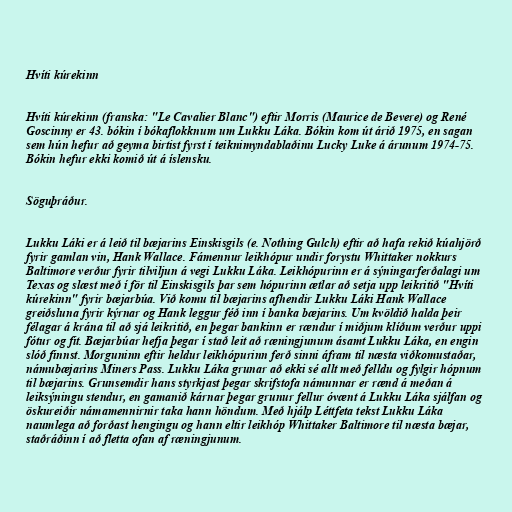
Hvíti kúrekinn

Hvíti kúrekinn (franska: "Le Cavalier Blanc") eftir Morris (Maurice de Bevere) og René
Goscinny er 43. bókin í bókaflokknum um Lukku Láka. Bókin kom út árið 1975, en sagan
sem hún hefur að geyma birtist fyrst í teiknimyndablaðinu Lucky Luke á árunum 1974-75.
Bókin hefur ekki komið út á íslensku.

Söguþráður.

Lukku Láki er á leið til bæjarins Einskisgils (e. Nothing Gulch) eftir að hafa rekið kúahjörð
fyrir gamlan vin, Hank Wallace. Fámennur leikhópur undir forystu Whittaker nokkurs
Baltimore verður fyrir tilviljun á vegi Lukku Láka. Leikhópurinn er á sýningarferðalagi um
Texas og slæst með í för til Einskisgils þar sem hópurinn ætlar að setja upp leikritið "Hvíti
kúrekinn" fyrir bæjarbúa. Við komu til bæjarins afhendir Lukku Láki Hank Wallace
greiðsluna fyrir kýrnar og Hank leggur féð inn í banka bæjarins. Um kvöldið halda þeir
félagar á krána til að sjá leikritið, en þegar bankinn er rændur í miðjum klíðum verður uppi
fótur og fit. Bæjarbúar hefja þegar í stað leit að ræningjunum ásamt Lukku Láka, en engin
slóð finnst. Morguninn eftir heldur leikhópurinn ferð sinni áfram til næsta viðkomustaðar,
námubæjarins Miners Pass. Lukku Láka grunar að ekki sé allt með felldu og fylgir hópnum
til bæjarins. Grunsemdir hans styrkjast þegar skrifstofa námunnar er rænd á meðan á
leiksýningu stendur, en gamanið kárnar þegar grunur fellur óvænt á Lukku Láka sjálfan og
öskureiðir námamennirnir taka hann höndum. Með hjálp Léttfeta tekst Lukku Láka
naumlega að forðast hengingu og hann eltir leikhóp Whittaker Baltimore til næsta bæjar,
staðráðinn í að fletta ofan af ræningjunum.